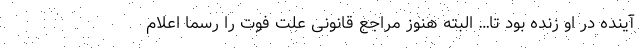
آینده در او زنده بود تا… البته هنوز مراجع قانونی علت فوت را رسما اعلام